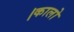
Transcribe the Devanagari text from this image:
।कालो